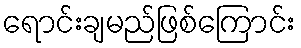
ရောင်းချမည်ဖြစ်ကြောင်း